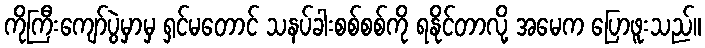
ကိုကြီးကျော်ပွဲမှာမှ ရှင်မတောင် သနပ်ခါးစစ်စစ်ကို ရနိုင်တာလို့ အမေက ပြောဖူးသည်။